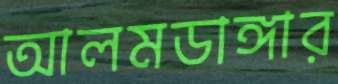
আলমডাঙ্গার